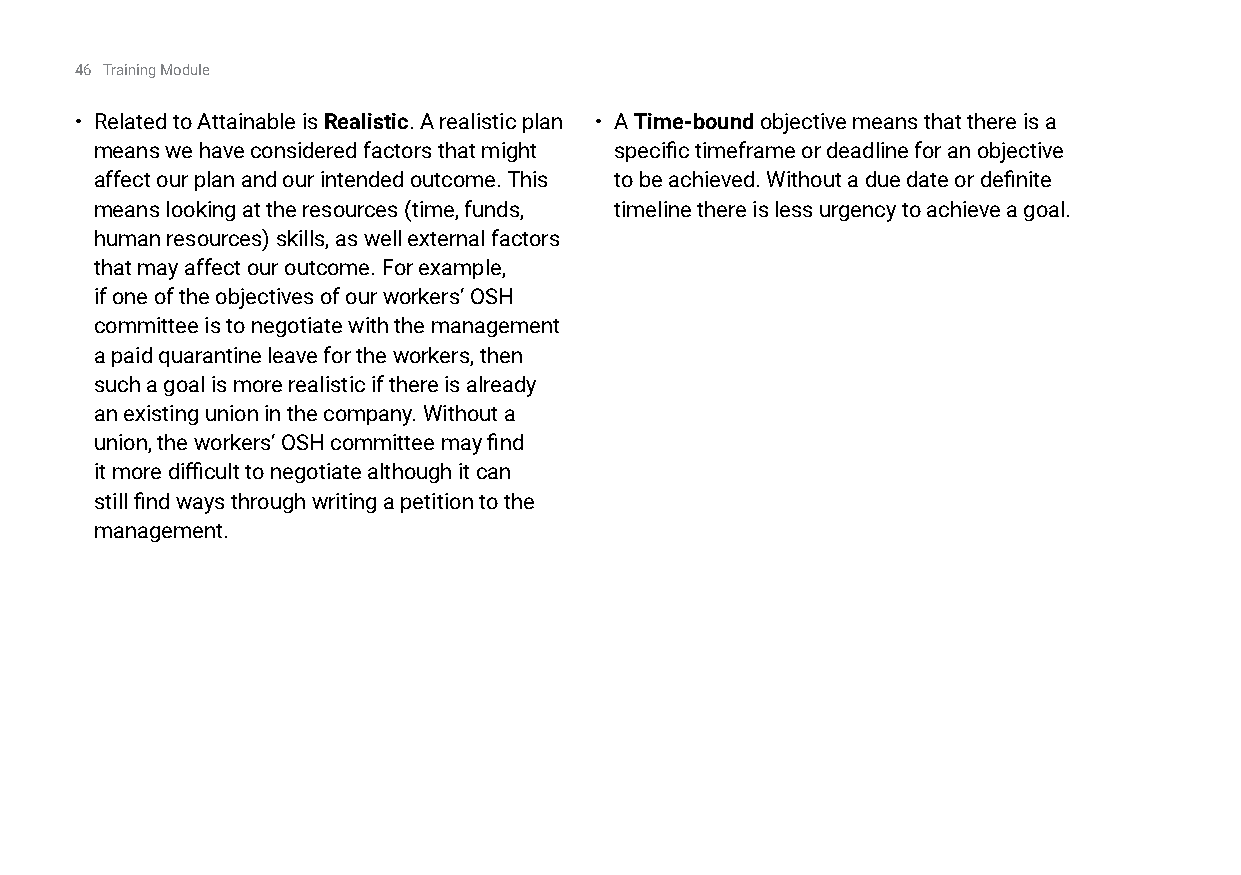
46 Training Module
 • Related to Attainable is Realistic. A realistic plan • A Time-bound objective means that there is a
 means we have considered factors that might specific timeframe or deadline for an objective
 affect our plan and our intended outcome. This to be achieved. Without a due date or definite
 means looking at the resources (time, funds, timeline there is less urgency to achieve a goal.
 human resources) skills, as well external factors
 that may affect our outcome. For example,
 if one of the objectives of our workers’ OSH
 committee is to negotiate with the management
 a paid quarantine leave for the workers, then
 such a goal is more realistic if there is already
 an existing union in the company. Without a
 union, the workers’ OSH committee may find
 it more difficult to negotiate although it can
 still find ways through writing a petition to the
 management.